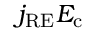
j _ { \mathrm { R E } } E _ { \mathrm { c } }